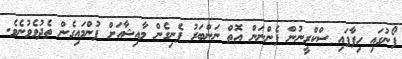
ފޯނުގައި ހިފާފައި ސްކްރީނުން ފެންނަން އޮތް ނަންބަރު ފެނިގެން މާއިޝާއަށް ފުންމައިގެން ތެދުވެވުނެވެ.